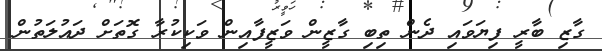
ގާޒި ބާރީ ފިޔަވައި ދެން ތިބި ގާޒީން ވަޒީފާއިން ވަކިކުރާ ގޮތަށް ދައުލަތުން